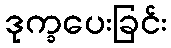
ဒုက္ခပေးခြင်း